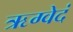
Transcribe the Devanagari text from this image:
ऋग्वेदं